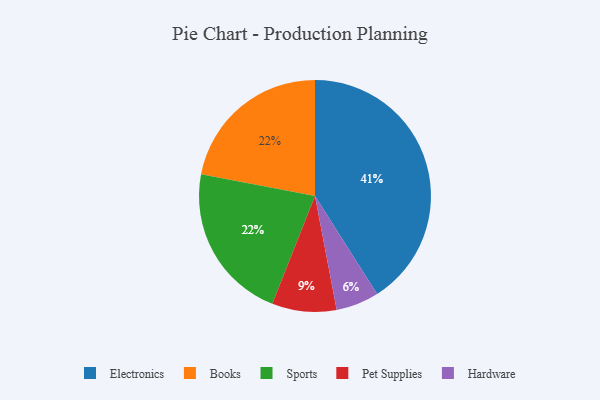
{"axis": {"x": "Category", "y": "Percentage"}, "legend": ["Books", "Electronics", "Hardware", "Pet Supplies", "Sports"], "data": [{"x": "Books", "y": 22, "type": "Books"}, {"x": "Electronics", "y": 41, "type": "Electronics"}, {"x": "Pet Supplies", "y": 9, "type": "Pet Supplies"}, {"x": "Sports", "y": 22, "type": "Sports"}, {"x": "Hardware", "y": 6, "type": "Hardware"}]}